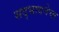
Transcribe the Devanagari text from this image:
सद्भावनेचा